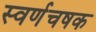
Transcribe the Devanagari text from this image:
स्वर्णचषक